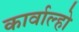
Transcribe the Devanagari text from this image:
कार्वाल्हो